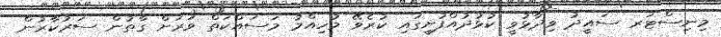
މިނިސްޓަރ ސައީދު ވިދާޅުވީ ކުޅުދުއްފުށީގައި ކުރެވޭ މުހިއްމު މަސައްކަތް ވަރަށް ގާތުން ސަރުކާރުން